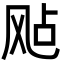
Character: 飐